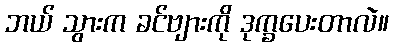
ဘယ် သွားက ခင်ဗျားကို ဒုက္ခပေးတာလဲ။